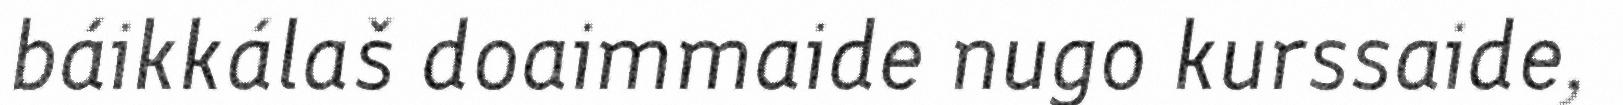
báikkálaš doaimmaide nugo kurssaide,